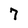
Character: 7